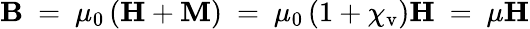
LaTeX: \mathbf{B}\ =\ \mu_{0}\left(\mathbf{H}+\mathbf{M}\right)\ =\ \mu_{0}\left(1+\chi_{\mathrm{v}}\right)\mathbf{H}\ =\ \mu\mathbf{H}